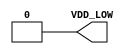
module GP_PWRDET(output reg VDD_LOW);
	initial VDD_LOW = 0;
endmodule